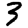
Digit: 3